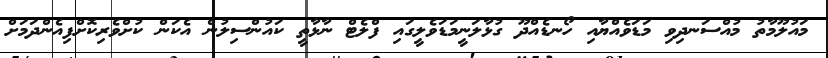
މައުލޫމާތު މުއްސަނދިވި މަޑަވެއްޔާއި ހޯނޑެއްދޫ ގުޅާލަނީމަޑަވެލީގައި ފްލެޓް ނާޅާތީ ކައުންސިލުން އެކަން ކުށްވެރިކޮށްފިއެންދަމަށް